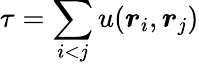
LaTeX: \tau=\sum_{i<j}u(\boldsymbol{r}_{i},\boldsymbol{r}_{j})